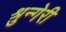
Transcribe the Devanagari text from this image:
श्रुन्गेरी